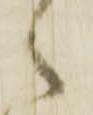
々